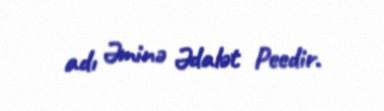
adı Əminə Ədalət Peedir.